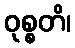
ဝုစ္စတိ၊